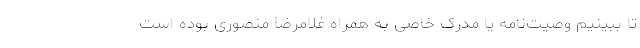
تا ببینیم وصیت‌نامه یا مدرک خاصی به همراه غلامرضا منصوری بوده است